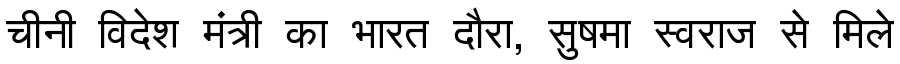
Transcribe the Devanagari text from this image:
चीनी विदेश मंत्री का भारत दौरा, सुषमा स्वराज से मिले